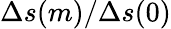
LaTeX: \Delta s(m)/\Delta s(0)